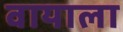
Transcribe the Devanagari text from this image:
वायाला